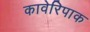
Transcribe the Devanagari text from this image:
कावेरिपाक